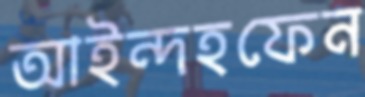
আইন্দহফেন